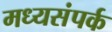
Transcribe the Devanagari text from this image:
मध्यसंपर्क